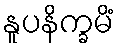
နူပနိက္ခမိံ